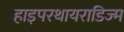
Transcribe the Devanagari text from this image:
हाइपरथायराडिज्म